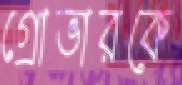
গ্রোভারকে